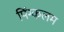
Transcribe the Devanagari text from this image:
पिंग्कलम